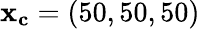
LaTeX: \mathbf{x_{c}}=(50,50,50)